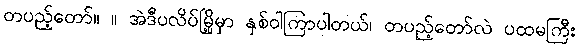
တပည့်တော်။ ။ အဲဒီပလိပ်မြို့မှာ နှစ်ဝါကြာပါတယ်၊ တပည့်တော်လဲ ပထမကြီး